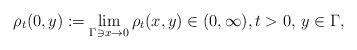
LaTeX: \begin{align*}\rho_t(0,y) := \lim_{\Gamma \ni x \to 0} \rho_t(x,y)\in (0,\infty), t>0,\,y \in \Gamma,\end{align*}